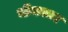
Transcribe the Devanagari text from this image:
भीमकार